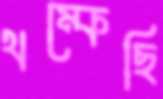
থম্‌কেছি